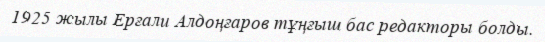
1925 жылы Ерғали Алдоңғаров тұңғыш бас редакторы болды.